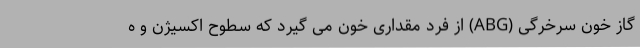
گاز خون سرخرگی (ABG) از فرد مقداری خون می گیرد که سطوح اکسیژن و ه